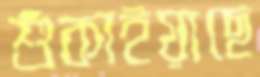
শুঁকাইয়াছে